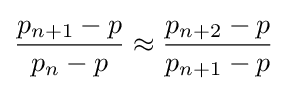
{\frac {p_{n+1}-p}{p_{n}-p}}\approx {\frac {p_{n+2}-p}{p_{n+1}-p}}